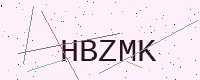
Text: HBZMK